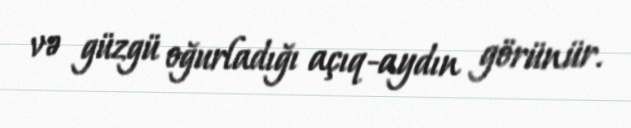
və güzgü oğurladığı açıq-aydın görünür.